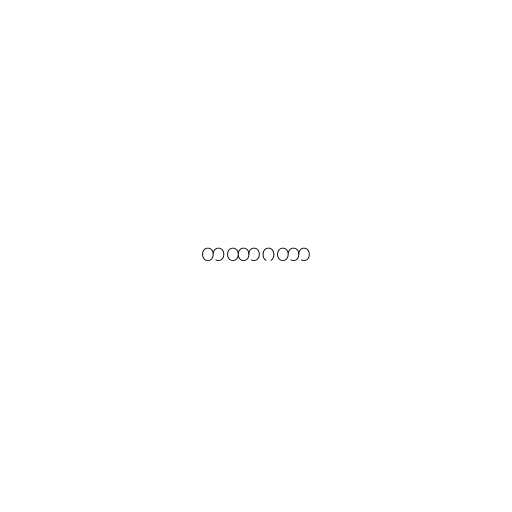
တထာဂတာ